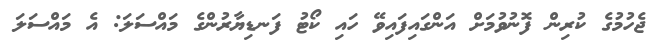
ޖެހުމުގެ ކުރިން ފޮނުވުމަށް އަންގައިފައިވޭ ހައި ކޯޓު ފަނޑިޔާރުންގެ މައްސަލަ: އެ މައްސަލަ